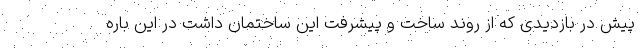
پیش در بازدیدی که از روند ساخت و پیشرفت این ساختمان داشت در این باره